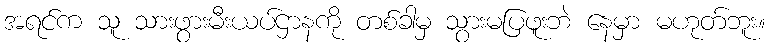
အရင်က သူ သားဖွားမီးယပ်ဌာနကို တစ်ခါမှ သွားမပြဖူးဘဲ နေမှာ မဟုတ်ဘူး။